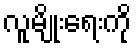
လူမျိုးရေးကို